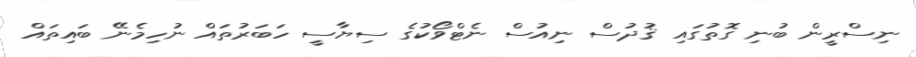
ނިސްރީން ބުނި ގޮތުގައި ޤުދުސް ނިއުސް ނެޓްވޯކުގެ ސިޔާސީ ހަބަރުތައް ނުހިމެނޭ ބައިތައް